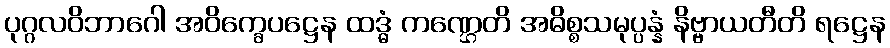
ပုဂ္ဂလဝိဘာဂေါ အဝိက္ခေပဋ္ဌေန ထဒ္ဓံ ကဏ္ဌေတိ အဓိစ္စသမုပ္ပန္နံ နိဗ္ဗာယတီတိ ရဋ္ဌေန